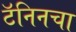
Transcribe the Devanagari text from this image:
टॅनिनचा